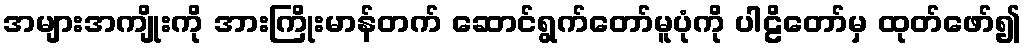
အများအကျိုးကို အားကြိုးမာန်တက် ဆောင်ရွက်တော်မူပုံကို ပါဠိတော်မှ ထုတ်ဖော်၍